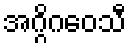
အဂ္ဂိဂဝေသီ